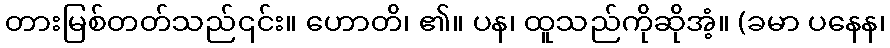
တားမြစ်တတ်သည်၎င်း။ ဟောတိ၊ ၏။ ပန၊ ထူသည်ကိုဆိုအံ့။ (ခမာ ပနေန၊